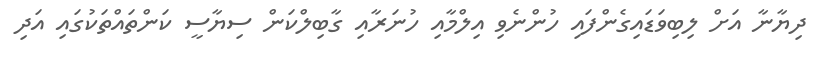
ދިޔާނާ އަށް ލިބިވަޑައިގެންފައި ހުންނެވި އިލްމާއި ހުނަރާއި ގާބިލްކަން ސިޔާސީ ކަންތައްތަކުގައި އަދި